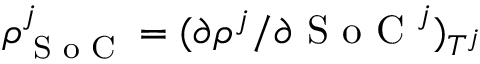
\rho _ { \textrm { S o C } } ^ { j } = ( \partial \rho ^ { j } / \partial \textrm { S o C } ^ { j } ) _ { T ^ { j } }